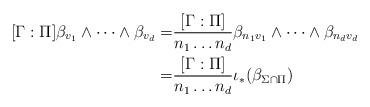
LaTeX: \begin{align*}[\Gamma : \Pi] \beta _{v_1} \wedge \dots \wedge \beta _{v_d} =& \frac{[\Gamma : \Pi ]}{n_1\dots n_d} \beta _{n_1v_1} \wedge \dots \wedge \beta _{n_dv_d}\\=&\frac{[\Gamma : \Pi ]}{n_1\dots n_d}\iota _*(\beta _{\Sigma \cap \Pi })\end{align*}